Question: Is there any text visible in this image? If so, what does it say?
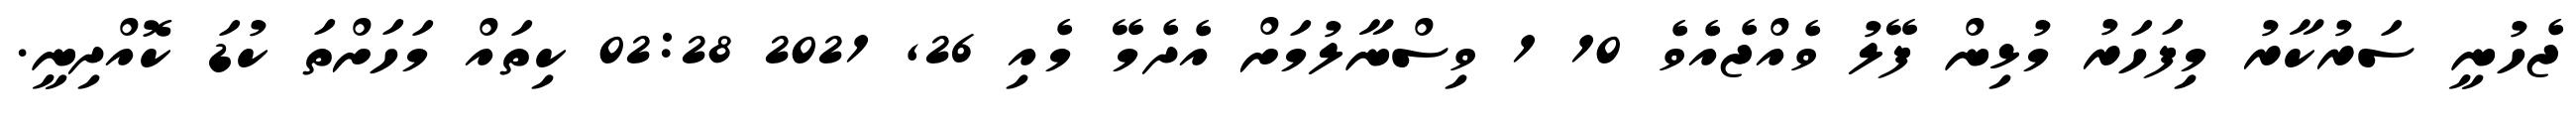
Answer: ޖެހުނީ ސަރުކާރު މިފަހަރު މުޅިން ފޭލު ވެއްޖެއެވެ 10 1 ވިސްނާލުމަށް އެދެމޭ މެއި 26, 2021 02:28 ކިތައް މަހަށްތަ ކުޑަ ކޮއްދިނީ.